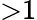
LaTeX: {>}1